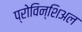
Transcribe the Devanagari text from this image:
प्रोविन्शिअल